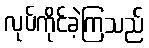
လုပ်ကိုင်ခဲ့ကြသည်